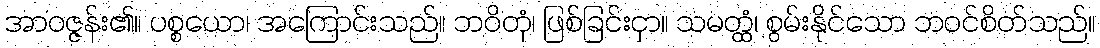
အာဝဇ္ဇန်း၏။ ပစ္စယော၊ အကြောင်းသည်။ ဘဝိတုံ၊ ဖြစ်ခြင်းငှာ။ သမတ္ထံ၊ စွမ်းနိုင်သော ဘဝင်စိတ်သည်။